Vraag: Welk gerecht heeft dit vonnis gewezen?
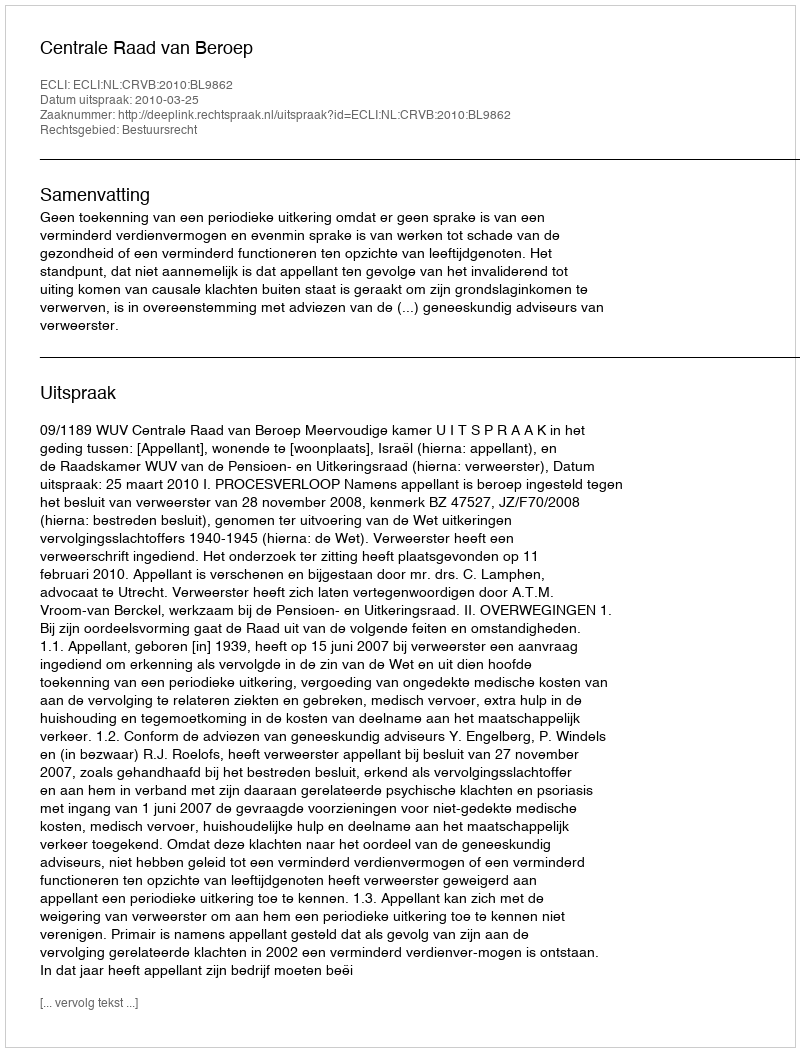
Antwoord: Centrale Raad van Beroep